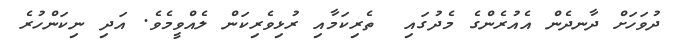
ދުވަހަށް ދާނދެން އެއުރެންގެ މެދުގައި  ތެރިކަމާއި ރުޅިވެރިކަން ލެއްވީމެވެ. އަދި ނިކަންހުރެ